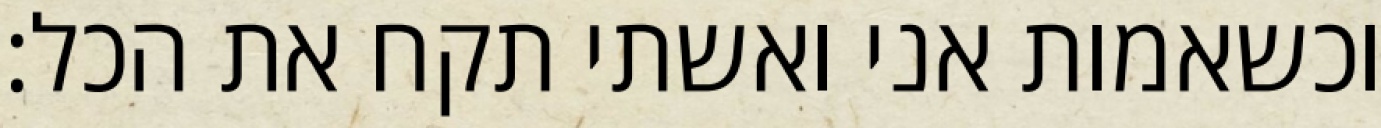
וכשאמות אני ואשתי תקח את הכל: